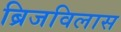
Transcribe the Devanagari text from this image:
ब्रिजविलास